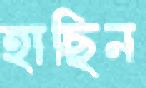
হাছিন